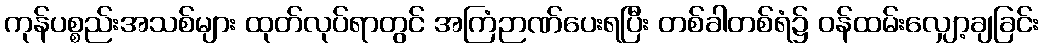
ကုန်ပစ္စည်းအသစ်များ ထုတ်လုပ်ရာတွင် အကြံဉာဏ်ပေးရပြီး တစ်ခါတစ်ရံ၌ ဝန်ထမ်းလျှော့ချခြင်း